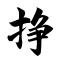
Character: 挣